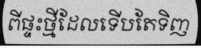
ពីផ្ទះថ្មីដែលទើបតែទិញ